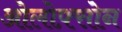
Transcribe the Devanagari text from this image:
ओलोफ़्सोन